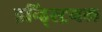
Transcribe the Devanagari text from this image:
इन्ड्स्ट्रियल